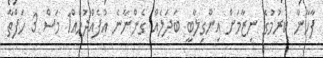
ފާހާނާ ކުރުމުގެ ނިޒާމަށް އިންގިލާބީ ބަދަލެއް ގެންނާނެ އުފެއްދުމެއް1 މަސް 3 ހަފްތާ